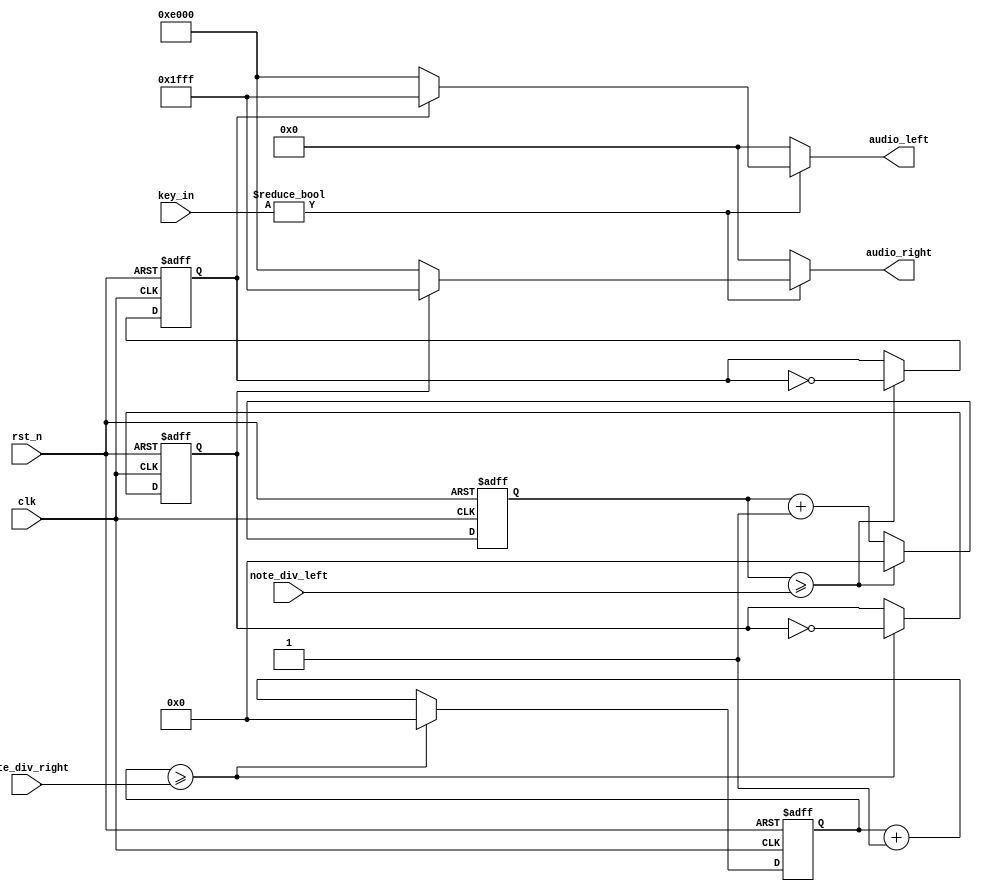
`timescale 1ns / 1ps
//////////////////////////////////////////////////////////////////////////////////
// Company: 
// Engineer: 
// 
// Design Name: 
// Module Name: buzzer_ctl
// Project Name: 
// Target Devices: 
// Tool Versions: 
// Description: 
// 
// Dependencies: 
// 
// Revision:
// Revision 0.01 - File Created
// Additional Comments:
// 
//////////////////////////////////////////////////////////////////////////////////


module buzzer_ctl(
    input clk,
    input rst_n,
    input [21:0]note_div_right,
    input [21:0]note_div_left,
    input [3:0]key_in,
    output reg [15:0]audio_left,
    output reg [15:0]audio_right
    );
    reg [21:0]cnt_right;
    reg [21:0]cnt_left;
    reg [21:0]cnt_right_next;
    reg [21:0]cnt_left_next;
    reg ampli_right;
    reg ampli_right_next;
    reg ampli_left;
    reg ampli_left_next;
    
// right ear    
    always @*
        if (cnt_right >= note_div_right) begin
            cnt_right_next = 22'd0;
            ampli_right_next = ~ampli_right;
        end
        else begin
            cnt_right_next = cnt_right + 22'd1;
            ampli_right_next = ampli_right;
        end
    always @(posedge clk or negedge rst_n)
        if (~rst_n) cnt_right = 22'd0;
        else cnt_right <= cnt_right_next;        
    always @(posedge clk or negedge rst_n)
        if (~rst_n) ampli_right <= 1'd0;
        else ampli_right <= ampli_right_next;
          
// letf ear        
    always @*
        if (cnt_left >= note_div_left) begin
            cnt_left_next = 22'd0;
            ampli_left_next = ~ampli_left;
        end
        else begin
            cnt_left_next = cnt_left + 22'd1;
            ampli_left_next = ampli_left;
        end
    always @(posedge clk or negedge rst_n)
        if (~rst_n) cnt_left = 22'd0;
        else cnt_left <= cnt_left_next;      
    always @(posedge clk or negedge rst_n)
        if (~rst_n) ampli_left <= 1'd0;
        else ampli_left <= ampli_left_next;
   
// amplitude
    always @*
        if (key_in) begin
            if (ampli_right) audio_right = 16'h1FFF;
            else audio_right = 16'hE000;
        end
        else audio_right = 16'h0;
    
    always @*
        if (key_in) begin
            if (ampli_left) audio_left = 16'h1FFF;
            else audio_left = 16'hE000;
        end
        else audio_left = 16'h0;

endmodule